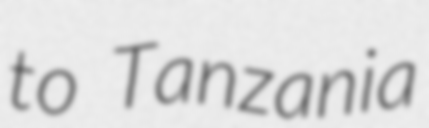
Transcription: to Tanzania